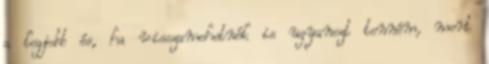
a legjobb és, ha visszamehetnék is ugyanezt tenném, mert